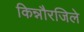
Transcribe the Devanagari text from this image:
किन्नौरजिले